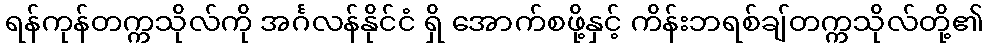
ရန်ကုန်တက္ကသိုလ်ကို အင်္ဂလန်နိုင်ငံ ရှိ အောက်စဖို့နှင့် ကိန်းဘရစ်ချ်တက္ကသိုလ်တို့၏